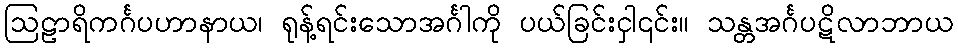
ဩဠာရိကင်္ဂပဟာနာယ၊ ရုန့်ရင်းသောအင်္ဂါကို ပယ်ခြင်းငှါ၎င်း။ သန္တအင်္ဂပဋိလာဘာယ